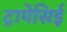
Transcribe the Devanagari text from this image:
ट्रापेसिई